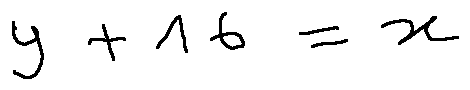
y + 1 6 = x